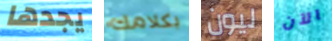
يجدها بكلامك ليون الآن